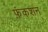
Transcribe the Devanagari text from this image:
फ़ंकशन